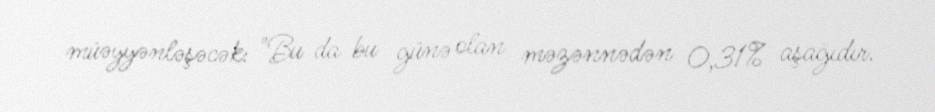
müəyyənləşəcək: "Bu da bu günə olan məzənnədən 0,31% aşağıdır.